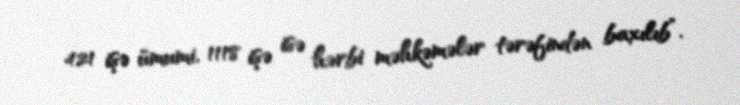
421 işə ümumi, 1118 işə isə hərbi məhkəmələr tərəfindən baxılıb”.